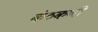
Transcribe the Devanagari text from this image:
कंठकणी